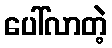
ပေါ်လာတဲ့